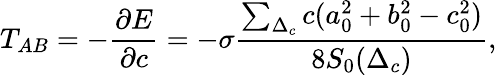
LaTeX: T_{AB}=-\frac{\partial E}{\partial c}=-\sigma\frac{\sum_{\Delta_{c}}c(a_{0}^{2}+b_{0}^{2}-c_{0}^{2})}{8S_{0}(\Delta_{c})},